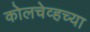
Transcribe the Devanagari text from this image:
कोलचेव्हच्या